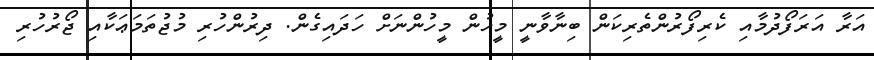
އަރާ އަރަފޯދުމާއި ކެރިފޯރުންތެރިކަން ބިނާވާނީ މީހުން މީހުންނަށް ހަދައިގެން. ދިރުންހުރި މުޖުތަމަޢަކާއި ޖޯރުހުރި